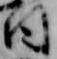
日